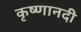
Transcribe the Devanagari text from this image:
कृष्णानदी